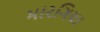
મારગિયા